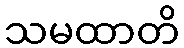
သမထာတိ